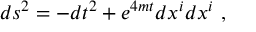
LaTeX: d s ^ { 2 } = - d t ^ { 2 } + e ^ { 4 m t } d x ^ { i } d x ^ { i } \ ,